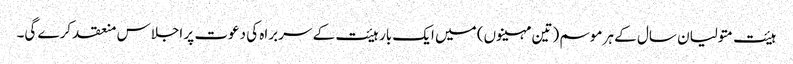
ہیئت متولیان سال کے ہر موسم (تین مہینوں) میں ایک بار ہیئت کے سربراہ کی دعوت پر اجلاس منعقد کرے گی۔